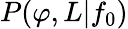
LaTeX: P(\varphi,L|f_{0})